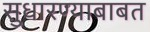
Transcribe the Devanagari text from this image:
सुधारण्याबाबत